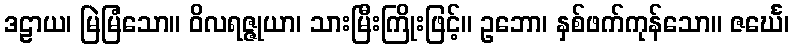
ဒဠာယ၊ မြဲမြံသော။ ဝိလရဇ္ဇုယာ၊ သားမြီးကြိုးဖြင့်။ ဥဘော၊ နှစ်ဖက်ကုန်သော။ ဇင်္ဃေ၊